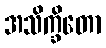
အသိက္ခိတော